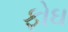
ફોઘ